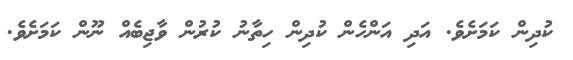
ކުދިން ކަމަށެވެ. އަދި އަންހެން ކުދިން ހިތާނު ކުރުން ވާޖިބެއް ނޫން ކަމަށެވެ.